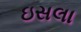
ઇસલા